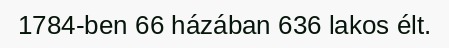
1784-ben 66 házában 636 lakos élt.